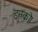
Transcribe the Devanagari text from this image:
इनको।